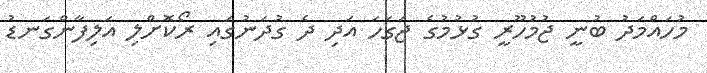
މުހައްމަދު ބުނީ ޖުމުހޫރީ ގުޅުމުގެ ޖަގަހަ އަދި ދެ ގުދަނުގައި ރޯކޮށްލި އަލިފާންގަނޑު